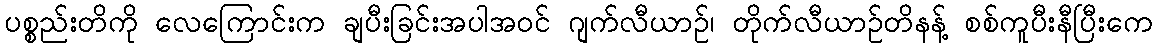
ပစ္စည်းတိကို လေကြောင်းက ချပီးခြင်းအပါအဝင် ဂျက်လီယာဉ်၊ တိုက်လီယာဉ်တိနန့် စစ်ကူပီးနီပြီးကေ